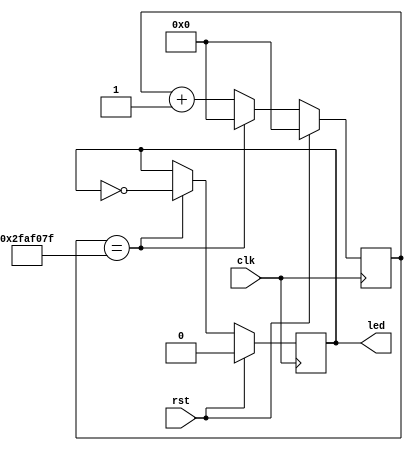
module clock_converter(clk, rst, led);
	input clk, rst;
	reg [25:0] counter;
	output reg led;

	always @(posedge clk) begin
		if(rst) begin
			counter <= 0;
			led <= 0;
		end
		else begin 
          if(counter == 49999999) begin
				counter <= 0;
				led <= ~ led;
			end
			else begin
				counter <= counter + 1;
			end
		end
	end
endmodule